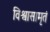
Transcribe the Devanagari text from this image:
विश्वासामृतं